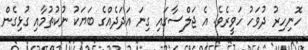
ހޮނިހިރު ދުވަހު ހަވީރެވެ. އެ ޖަލްސާގައި ގިނަ އަދަދެއްގެ ބަޔަކު ނުކުތުމާއި ގުޅިގެން